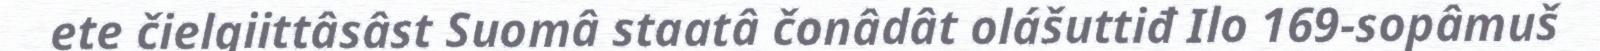
ete čielgiittâsâst Suomâ staatâ čonâdât olášuttiđ Ilo 169-sopâmuš